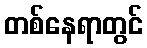
တစ်နေရာတွင်